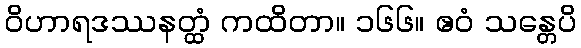
ဝိဟာရဒဿနတ္ထံ ကထိတာ။ ၁၆၆။ ဧဝံ သန္တေပိ